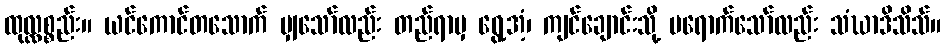
ထုလ္လစ္စည်း။ ယင်ကောင်တသောက် မျှသော်လည်း တည်ရာမှ ရွေ့အံ့၊ ကျင်ချောင်းသို့ မရောက်သော်လည်း သံဃာဒိသိသ်။